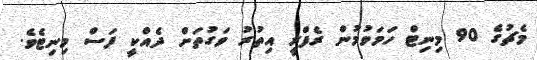
މެޗުގެ 90 މިނިޓް ހަމަވުމުން ރެފްރީ އިތުރު ވަގުތަށް ދެއްކީ ފަސް މިނިޓެވެ.